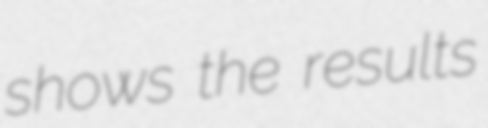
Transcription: shows the results